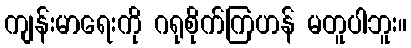
ကျန်းမာရေးကို ဂရုစိုက်ကြဟန် မတူပါဘူး။